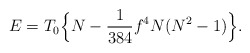
\begin{align*}E=T_0\Bigl\{N-\frac{1}{384}f^4 N(N^2-1)\Bigr\}.\end{align*}